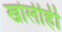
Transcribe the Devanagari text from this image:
खोलीही